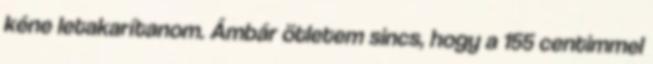
kéne letakarítanom. Ámbár ötletem sincs, hogy a 155 centimmel